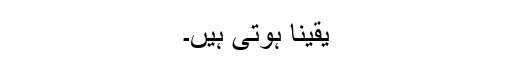
یقینا ہوتی ہیں۔